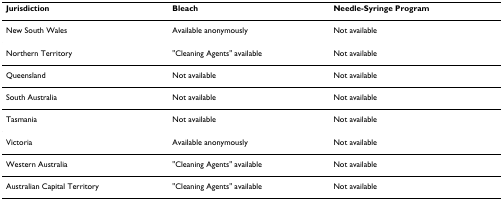
| Jurisdiction | Bleach | Needle-Syringe Program |
 | --- | --- | --- |
 | New South Wales | Available anonymously | Not available |
 | Northern Territory | "Cleaning Agents" available | Not available |
 | Queensland | Not available | Not available |
 | South Australia | Not available | Not available |
 | Tasmania | Not available | Not available |
 | Victoria | Available anonymously | Not available |
 | Western Australia | "Cleaning Agents" available | Not available |
 | Australian Capital Territory | "Cleaning Agents" available | Not available |